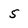
Character: 5